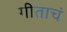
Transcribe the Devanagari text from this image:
गीताचं